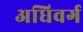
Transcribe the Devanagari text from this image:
अधिवर्ग